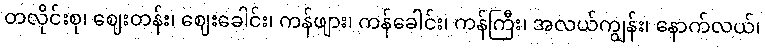
တလိုင်းစု၊ ဈေးတန်း၊ ဈေးခေါင်း၊ ကန်ဖျား၊ ကန်ခေါင်း၊ ကန်ကြီး၊ အလယ်ကျွန်း၊ နောက်လယ်၊